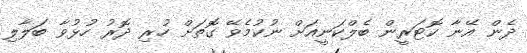
ދެން އޭނާ ކޮޓަރީން ބެލްކަނީއަށް ނުކުމެވޭ ގޮތަށް ހުރި ދޮރު ހުޅުވާ ބަލާލި